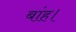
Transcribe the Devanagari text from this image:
बांह।